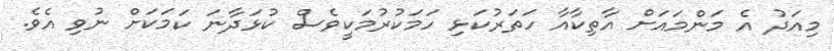
މިއަދު އެ މަންމައަށް އާތިކާއާ ހަތަރުކަަޅި ހަމަަކުރުމަކީވެސް ކުޅަދާނަ ކަމަކަށް ނުވި އެވެ.